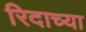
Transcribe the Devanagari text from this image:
रिदाच्या